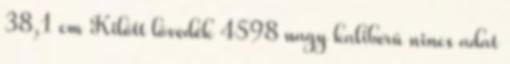
38,1 cm Kilőtt lövedék 4598 nagy kaliberű nincs adat